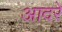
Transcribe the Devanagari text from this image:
आदरे